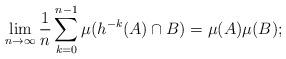
LaTeX: \begin{align*}\lim_{n\to\infty}\frac{1}{n}\sum_{k=0}^{n-1}\mu(h^{-k}(A)\cap B) = \mu(A)\mu(B);\end{align*}